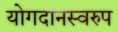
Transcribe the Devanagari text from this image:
योगदानस्वरुप